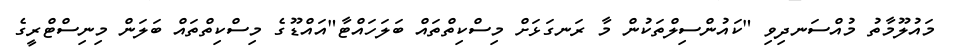
މައުލޫމާތު މުއްސަނދިވި "ކައުންސިލްތަކުން މާ ރަނގަޅަށް މިސްކިތްތައް ބަލަހައްޓާ"އައްޑޫގެ މިސްކިތްތައް ބަލަން މިނިސްޓްރީގެ